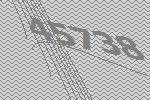
45738